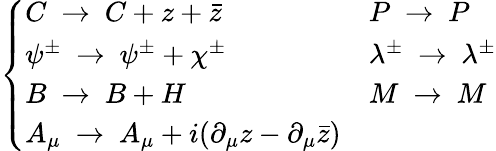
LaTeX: \left\{ \begin{array}{ll}{{C\ \to\ C+z+\bar{z}}}&{{P\ \to\ P}}\\ {{\psi^{\pm}\ \to\ \psi^{\pm}+\chi^{\pm}}}&{{\lambda^{\pm}\ \to\ \lambda^{\pm}}}\\ {{B\ \to\ B+H}}&{{M\ \to\ M}}\\ {{A_{\mu}\ \to\ A_{\mu}+i(\partial_{\mu}z-\partial_{\mu}\bar{z})}}&{{}}\end{array}\right.